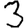
Digit: 3